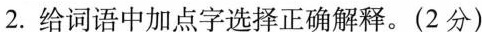
2.给词语中加点字选择正确解释。(2分)